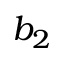
b _ { 2 }